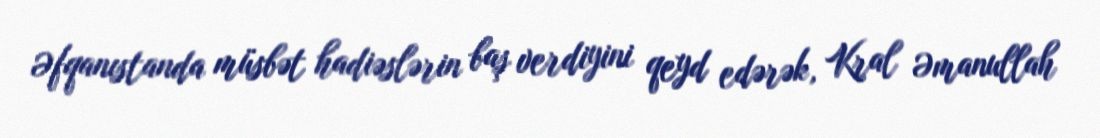
Əfqanıstanda müsbət hadiəslərin baş verdiyini qeyd edərək, Kral Əmanullah